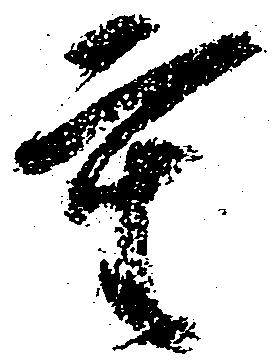
重